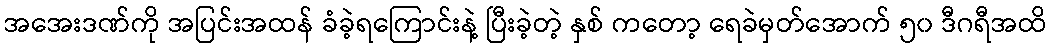
အအေးဒဏ်ကို အပြင်းအထန် ခံခဲ့ရကြောင်းနဲ့ ပြီးခဲ့တဲ့ နှစ် ကတော့ ရေခဲမှတ်အောက် ၅၀ ဒီဂရီအထိ